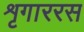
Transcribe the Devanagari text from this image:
शृगाररस